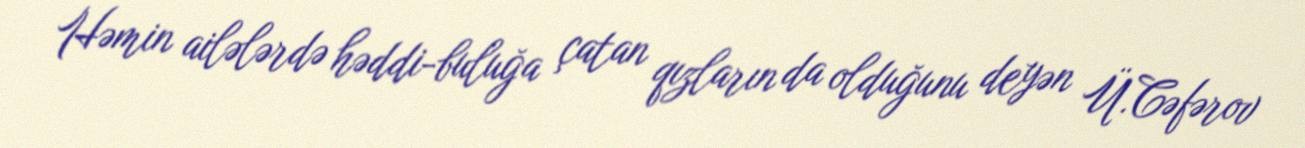
Həmin ailələrdə həddi-buluğa çatan qızların da olduğunu deyən Ü.Cəfərov